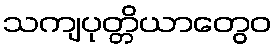
သကျပုတ္တိယာတွေဝ